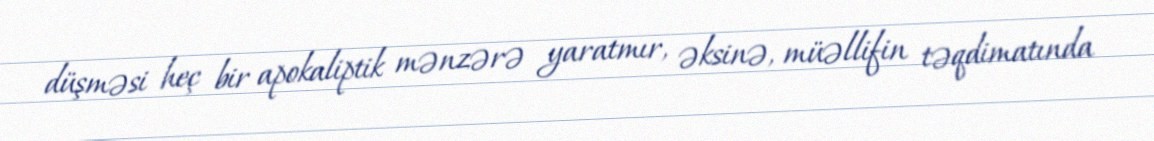
düşməsi heç bir apokaliptik mənzərə yaratmır, əksinə, müəllifin təqdimatında